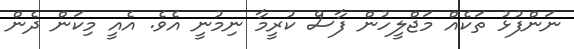
ނަންފުޅު ތަކެއް މަޖްލީހުން ފާސް ކުރީމާ ނިމުނީ އެވެ. އެއީ މިކަން ދެން